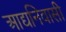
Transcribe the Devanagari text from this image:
आद्यनिवासी